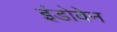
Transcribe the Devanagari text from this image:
इंडोवेन